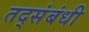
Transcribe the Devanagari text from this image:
तद्संबंधी